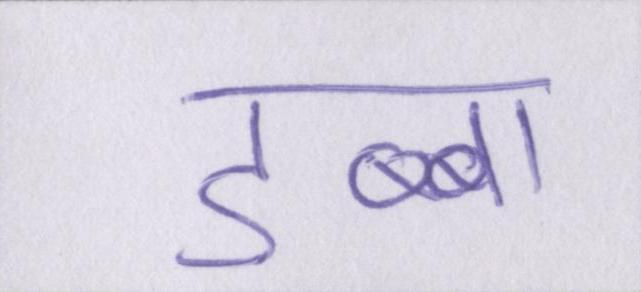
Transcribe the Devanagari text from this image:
डब्बा